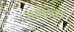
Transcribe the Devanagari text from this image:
तत्वत्रय